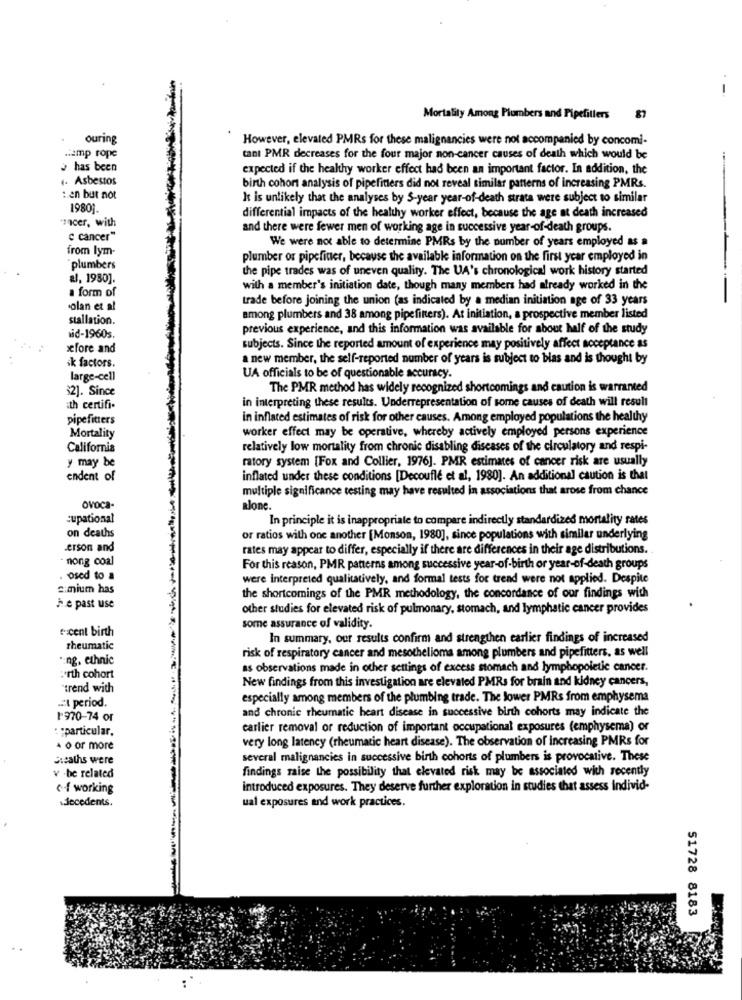
-
Mortality Among Plumbers and Pipefillers 87
ouring
However, elevated PMRs for these malignancies were not accompanied by concomi-
Hamp rope
tant PMR decreases for the four major non-cancer causes of death which would be
has been
expected if the healthy worker effect had been an important factor. In addition, the
1- Asbestos
birth cohort analysis of pipefitters did not reveal similar patterns of increasing PMRs.
:. en but not
It is unlikely that the analyses by S-year year-of-death strata were subject to similar
19801
"incer, with
differential impacts of the healthy worker effect, because the age at death increased
and there were fewer men of working age in successive year-of-death groups.
c cancer"
We were not able to determine PMRs by the number of years employed as a
from lym-
plumber or pipefitter, because the available information on the first year employed in
plumbers
the pipe trades was of uneven quality. The UA's chronological work history started
al, 1930].
a form of
with a member's initiation date, though many members had already worked in the
trade before joining the union (as indicated by a median initiation age of 33 years
olan et al
stallation.
among plumbers and 38 among pipefitters). At initiation, a prospective member listed
previous experience, and this information was available for about half of the study
vid-1960s.
xfore and
subjects. Since the reported amount of experience may positively affect acceptance as
ik factors.
a new member, the self-reported number of years is subject to bias and is thought by
large-cell
UA officials to be of questionable accuracy.
$2]. Since
The PMR method has widely recognized shortcomings and caution is warranted
ith certifi-
in interpreting these results. Underrepresentation of some causes of death will result
pipefitters
in inflated estimates of risk for other causes. Among employed populations the healthy
worker effect may be operative, whereby actively employed persons experience
Mortality
California
relatively low mortality from chronic disabling diseases of the circulatory and respi-
y may be
ratory system [Fox and Collier, 1976]. PMR estimates of cancer risk are usually
endent of
inflated under these conditions [Decoufle et al, 1980]. An additional caution is that
multiple significance testing may have resulted in associations that arose from chance
OVOCa-
alone.
:upational
In principle it is inappropriate to compare indirectly standardized mortality rates
on deaths
or ratios with one another [Monson, 1980], since populations with similar underlying
Lerson and
rates may appear to differ, especially if there are differences in their age distributions.
- nong coal
For this reason, PMR patterns among successive year-of-birth or year-of-death groups
. osed to a
were interpreted qualitatively, and formal tests for trend were not applied. Despite
s:mium has
the shortcomings of the PMR methodology, the concordance of our findings with
he past use
other studies for elevated risk of pulmonary, stomach, and lymphatic cancer provides
escent birth
some assurance of validity.
In summary, our results confirm and strengthen earlier findings of increased
rheumatic
risk of respiratory cancer and mesothelioma among plumbers and pipefitters, as well
*ing. ethnic
as observations made in other settings of excess stomach and lymphopoietic cancer.
orth cohort
New findings from this investigation are elevated PMRs for brain and kidney cancers,
"trend with
period.
especially among members of the plumbing trade. The lower PMRs from emphysema
and chronic rheumatic heart disease in successive birth cohorts may indicate the
1'970-74 or
: : particular.
earlier removal or reduction of important occupational exposures (emphysema) or
very long latency (rheumatic heart disease). The observation of increasing PMRs for
o or more
Sheaths were
several malignancies in successive birth cohorts of plumbers is provocative. These
findings raise the possibility that elevated risk may be associated with recently
v -be related
of working
introduced exposures. They deserve further exploration in studies that assess individ-
.decedents.
ual exposures and work practices.
51728 8183